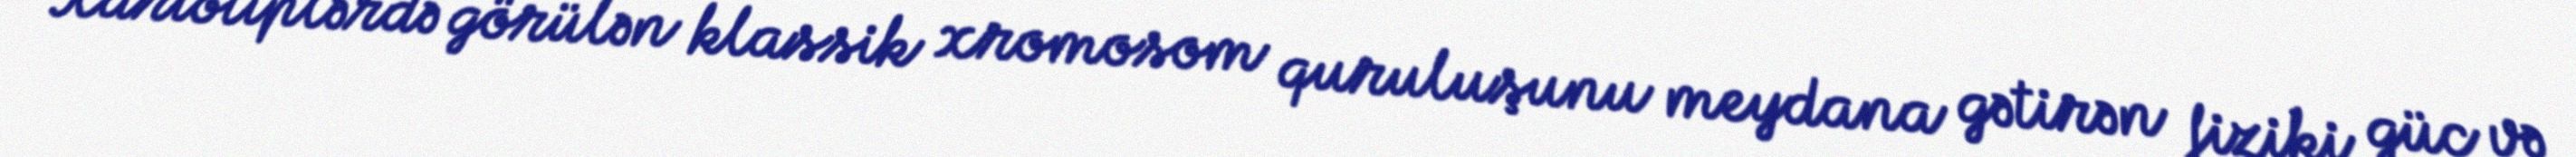
Kariotiplərdə görülən klassik xromosom quruluşunu meydana gətirən fiziki güc və